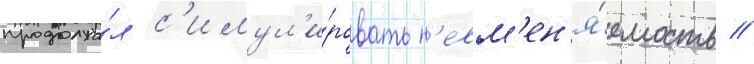
продолжа́л с'имул'и́ровать н'евм'ен'я́емость //